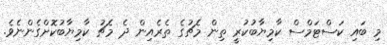
މި ބައި ކަސްޓަމްސް ކާމިޔާބުކުރީ ތިން މެޗުގެ ތެރެއިން ދެ މެޗު ކާމިޔާބުކޮށްގެންނެވެ.